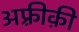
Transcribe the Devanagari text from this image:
अफ़्रीक़ी